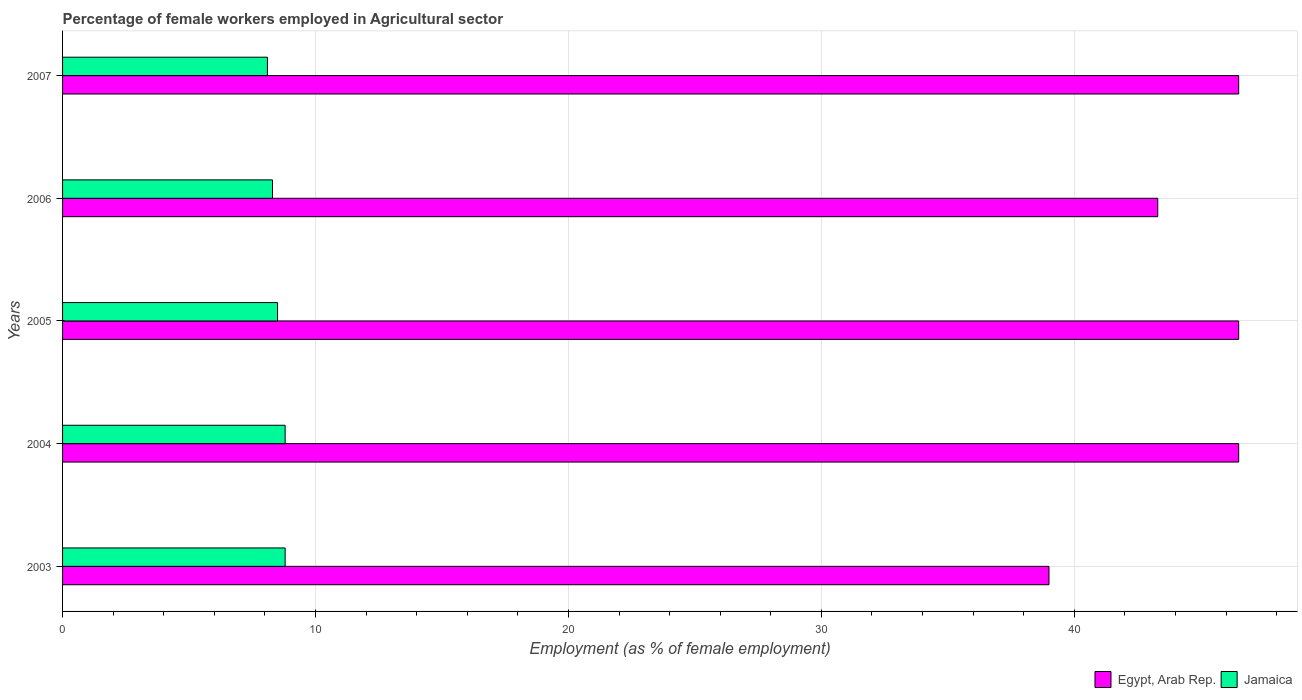
| Years | Egypt, Arab Rep. | Jamaica |
 | --- | --- | --- |
 | 2003 | 39 | 8.8 |
 | 2004 | 46.5 | 8.8 |
 | 2005 | 46.5 | 8.5 |
 | 2006 | 43.3 | 8.3 |
 | 2007 | 46.5 | 8.1 |